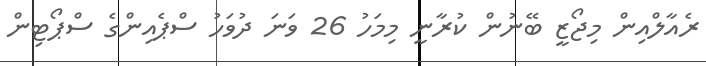
ރެއާލްއިން މިޖޯޒީ ބޭނުން ކުރާނީ މިމަހު 26 ވަނަ ދުވަހު ސްޕެއިންގެ ސްޕޯޓިން